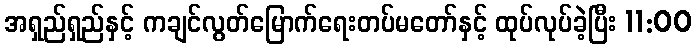
အရှည်ရှည်နှင့် ကချင်လွတ်မြောက်ရေးတပ်မတော်နှင့် ထုပ်လုပ်ခဲ့ပြီး 11:00